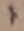
Text: I